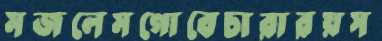
মজলেমগোবেচারারয়স